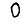
Digit: 0